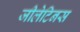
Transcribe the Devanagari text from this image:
जीलेटिनस